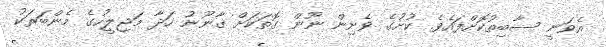
އެވަނީ ސާބިތުކޮށްފައެވެ. ކުށުގެ ވެށިން ނޫން ގޮތަކަށް ގާނޫނު ހަދާ މަޖިލީހުގެ މެންބަރަކު